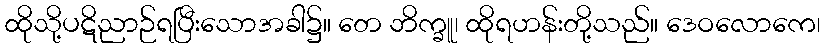
ထိုသို့ပဋိညာဉ်ရပြီးသောအခါ၌။ တေ ဘိက္ခူ၊ ထိုရဟန်းတို့သည်။ ဒေဝလောကေ၊